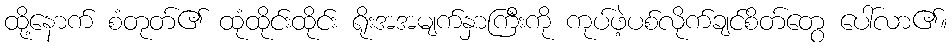
ထို့နောက် စံတုတ်၏ ထုံထိုင်းထိုင်း ရိုးအအမျက်နှာကြီးကို ကုပ်ဖဲ့ပစ်လိုက်ချင်စိတ်တွေ ပေါ်လာ၏။